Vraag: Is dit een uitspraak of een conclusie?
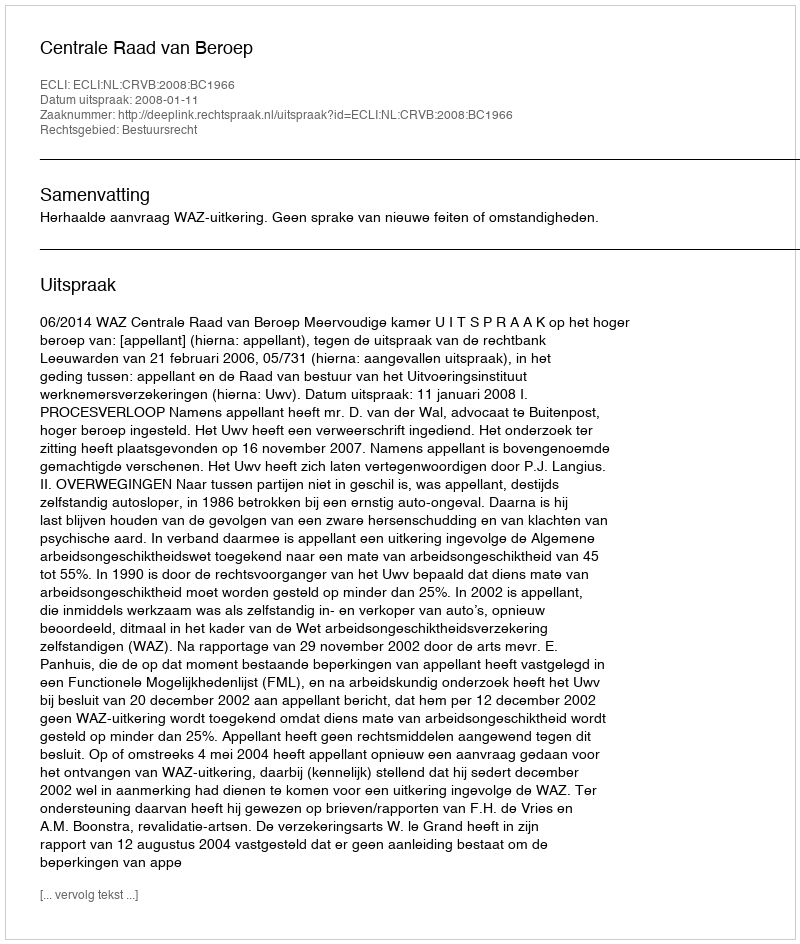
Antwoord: Uitspraak